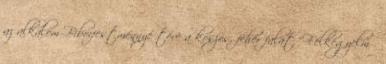
az alkalom Bíborfestménnyé téve a koszos, fehér falat “Félkegyelmű